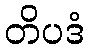
တိပဒံ